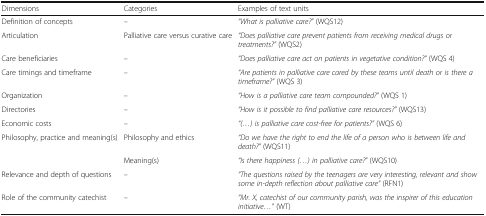
<table><thead><tr><td><b>Dimensions</b></td><td><b>Categories</b></td><td><b>Examples of text units</b></td></tr></thead><tbody><tr><td>Definition of concepts</td><td>–</td><td><i>“What is palliative care?”</i> (WQS12)</td></tr><tr><td>Articulation</td><td>Palliative care versus curative care</td><td><i>“Does palliative care prevent patients from receiving medical drugs or treatments?”</i> (WQS2)</td></tr><tr><td>Care beneficiaries</td><td>–</td><td><i>“Does palliative care act on patients in vegetative condition?”</i> (WQS 4)</td></tr><tr><td>Care timings and timeframe</td><td>–</td><td><i>“Are patients in palliative care cared by these teams until death or is there a timeframe?”</i> (WQS 3)</td></tr><tr><td>Organization</td><td>–</td><td><i>“How is a palliative care team compounded?”</i> (WQS 1)</td></tr><tr><td>Directories</td><td>–</td><td><i>“How is it possible to find palliative care resources?”</i> (WQS13)</td></tr><tr><td>Economic costs</td><td>–</td><td><i>“(...) is palliative care cost-free for patients?”</i> (WQS 6)</td></tr><tr><td rowspan="2">Philosophy, practice and meaning(s)</td><td>Philosophy and ethics</td><td><i>“Do we have the right to end the life of a person who is between life and death?”</i> (WQS11)</td></tr><tr><td>Meaning(s)</td><td><i>“Is there happiness (...) in palliative care?”</i> (WQS10)</td></tr><tr><td>Relevance and depth of questions</td><td>–</td><td><i>“The questions raised by the teenagers are very interesting, relevant and show some in-depth reflection about palliative care”</i> (RFN1)</td></tr><tr><td>Role of the community catechist</td><td>–</td><td><i>“Mr. X, catechist of our community parish, was the inspirer of this education initiative...”</i> (WT)</td></tr></tbody></table>